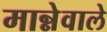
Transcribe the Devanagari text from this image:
मान्नेवाले